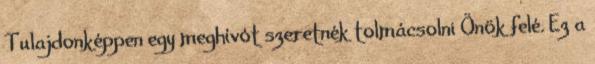
Tulajdonképpen egy meghívót szeretnék tolmácsolni Önök felé. Ez a